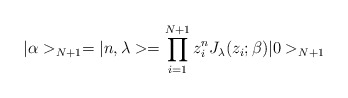
\begin{align*}|\alpha >_{N+1}=|n,\lambda>=\prod_{i=1}^{N+1} z_i^nJ_\lambda(z_i;\beta)|0>_{N+1}\end{align*}